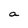
Character: a